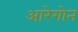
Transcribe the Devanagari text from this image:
आरेगोन